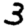
Digit: 3